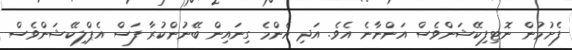
ފެށުމުން ނޮޓިފިކޭޝަންވެސް އަންނާނެ އެވެ. އަދި އެންމެ ގިނައިން ބޭނުންކުރާ ފަސް އެޕްލިކޭޝަންވެސް